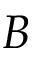
B